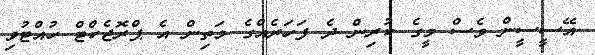
އޭސީސީން ވެސް މީގެ ކުރިން ދެ ފަހަރެއްގެ މަތިން އެ ޕްރޮޖެކްޓް ހުއްޓުވި